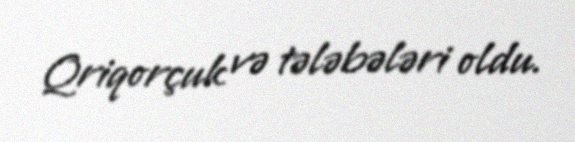
Qriqorçuk və tələbələri oldu.